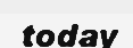
today